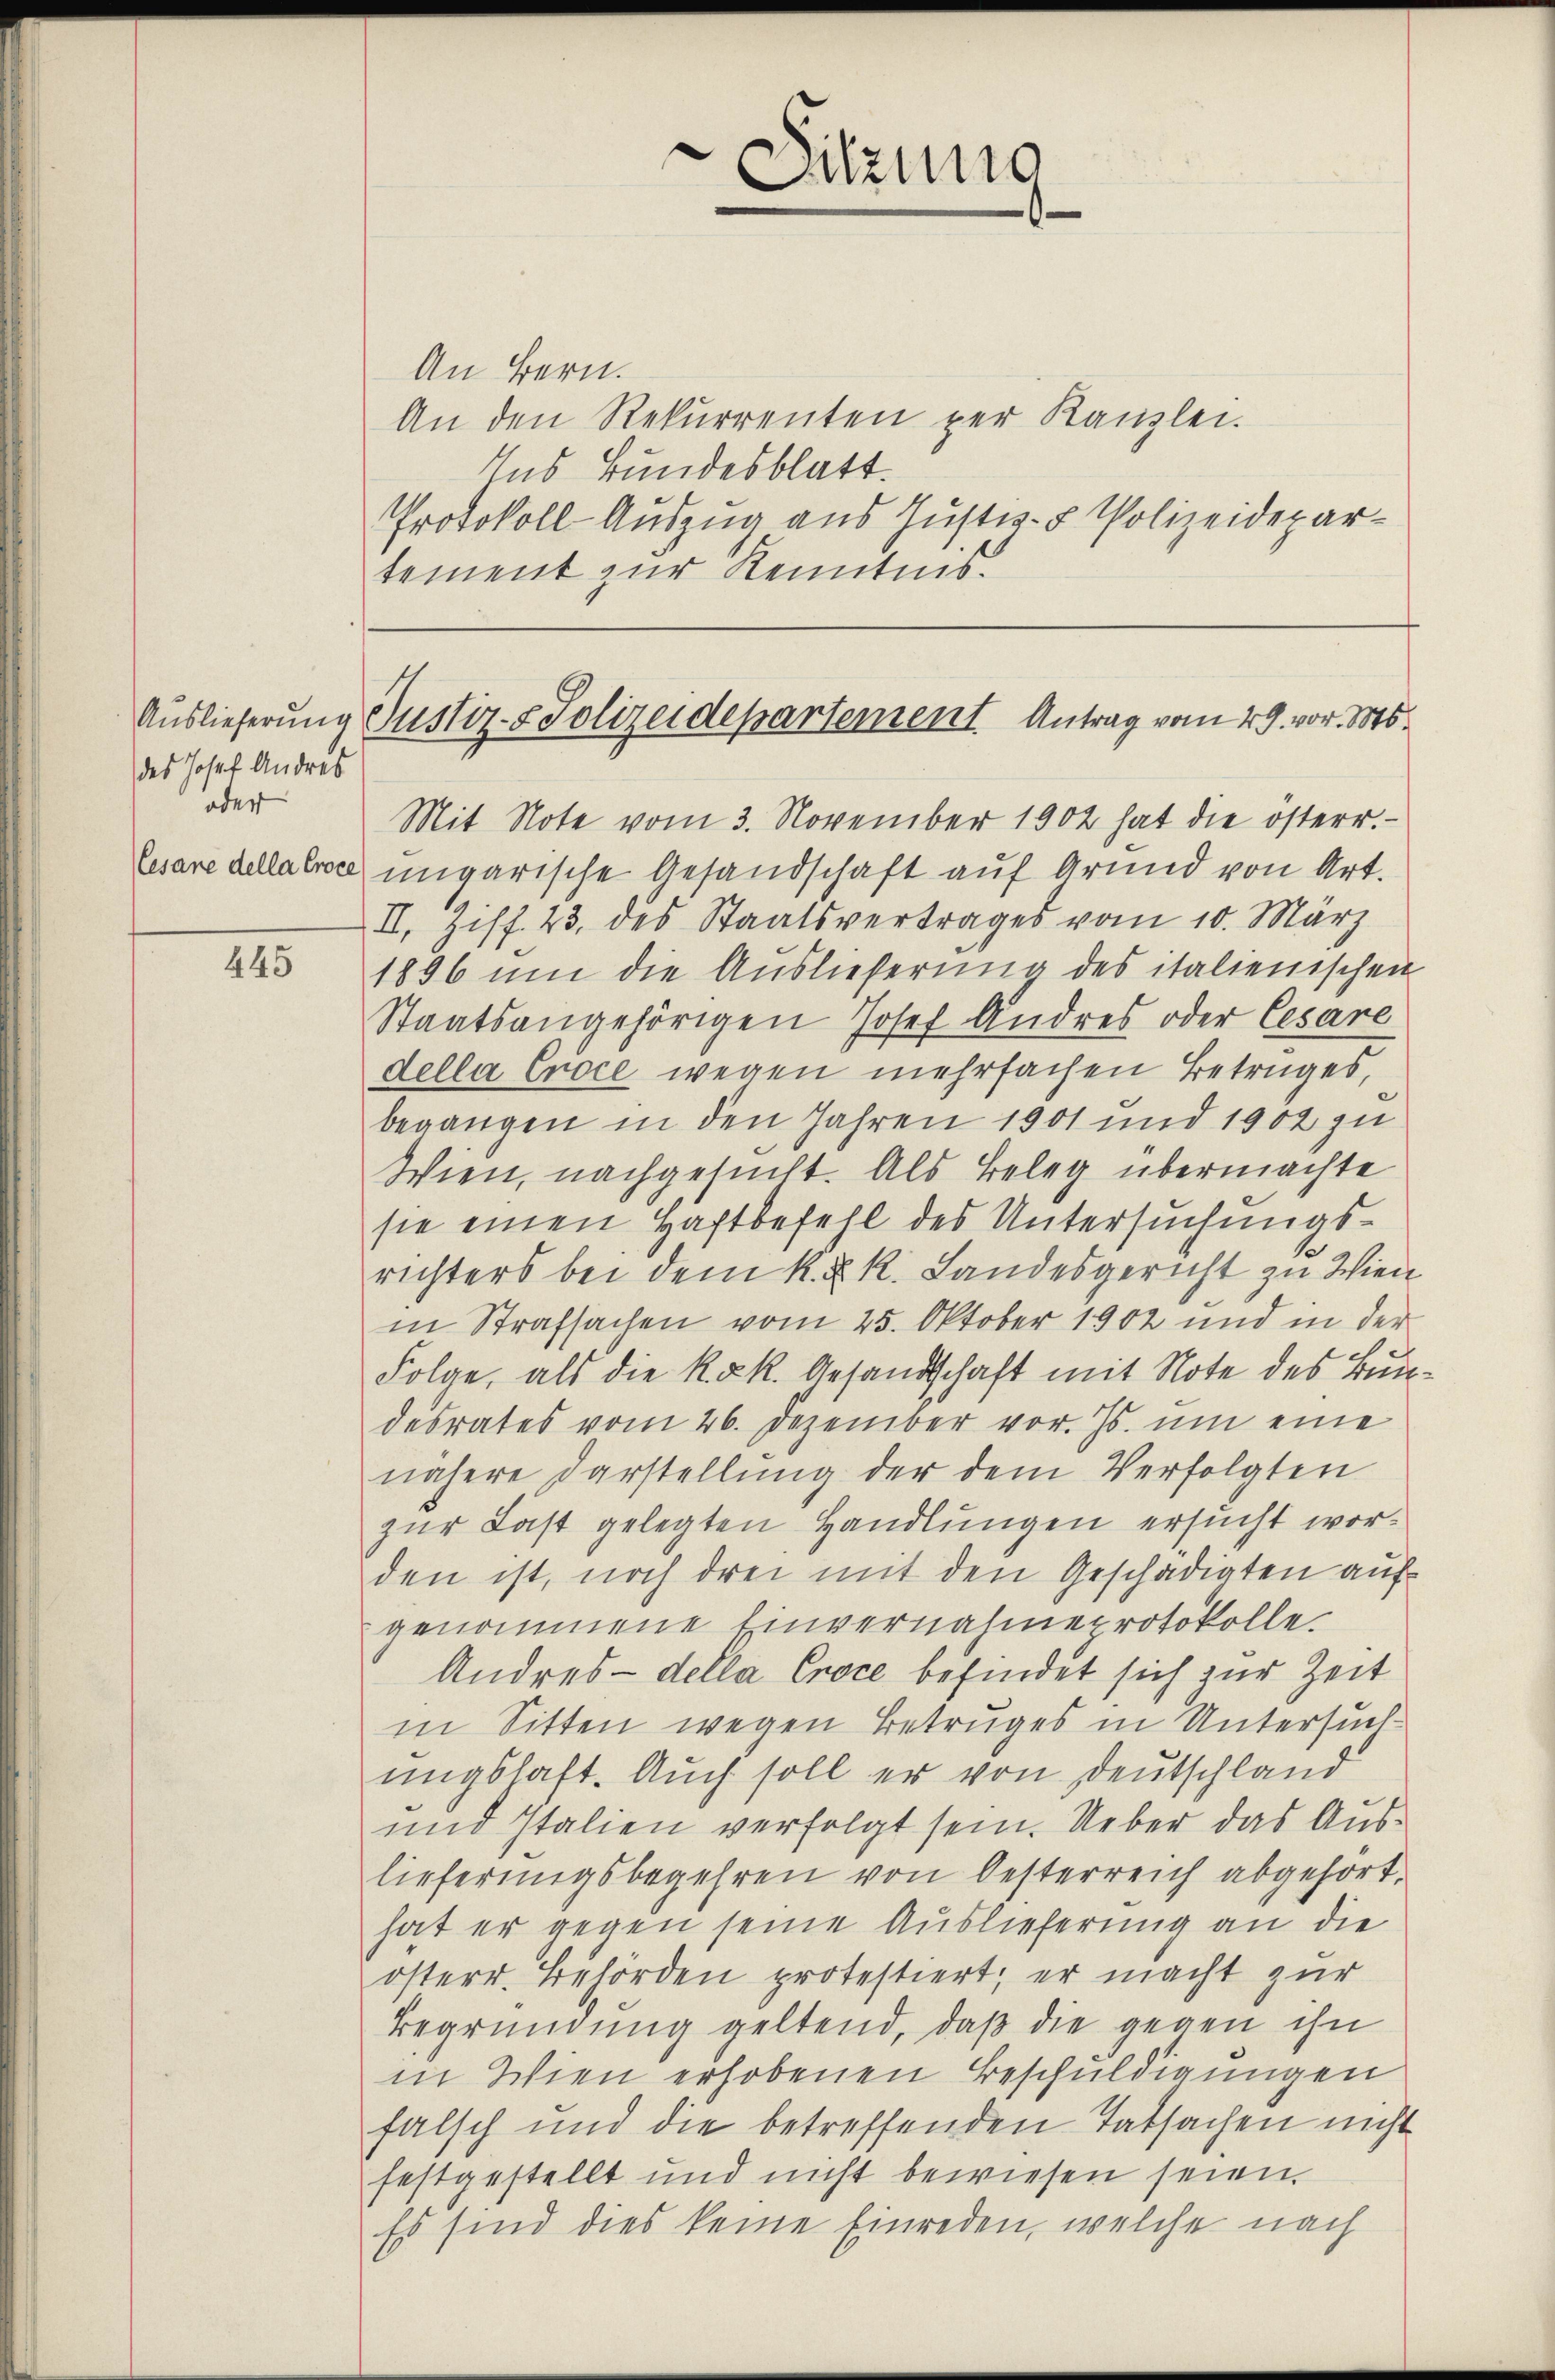
Auslieferung
des Josef Andres
oder

445

An Bern.
An den Rekurrenten per Kanzlei.
Ins Bundesblatt.
Protokoll-Auszug aus Justiz- & Polizeidepartement zur Kenntnis.

Mit Note vom 3. November 1902 hat die österr.
Cesare della loci ungarische Gesandschaft auf Grund von Art.
II. Ziff. 23. des Staatsvertrages vom 10. März
1896 um die Auslieferung des italienischen
Staatsangehörigen Josef Andres oder Cesare
della Croce wegen mehrfachen Betruges,
begangen in den Jahren 1901 und 1902 zu
Wien, nachgesucht. Als Beleg übermachte
sie einen Haftbefehl des Untersuchungsrichters bei dem k. k. k. Landesgericht zu Wien
in Strafsachen vom 25. Oktober 1902 und in der
Folge, als die k. k. Gesandschaft mit Note des Bun
desrates vom 26. Dezember vor. Js. ŭm eine
nähere Darstellung der dem Verfolgten
zur Last gelegten Handlungen ersucht worden ist, noch drei mit den Geschädigten auf
genommene Einvernahmeprotokolle.
Andres-della Croce befindet sich zur Zeit
in Sitten wegen Betruges in Untersuchungshaft. Auch soll er von Deutschland
und Italien verfolgt sein. Ueber das Auslieferungsbegehren von Oesterreich abgehört,
hat er gegen seine Auslieferung an die
österr. Behörden protestiert; er macht zur
Begründung geltend, daß die gegen ihn
in Wien erhobenen Beschuldigungen
falsch und die betreffenden Tatsachen nicht
festgestellt und nicht bewiesen seien.
Es sind dies keine Einreden, welche nach

Sitzung

Justiz- & Polizeidepartement. Antrag vom 29. vor. Ms.